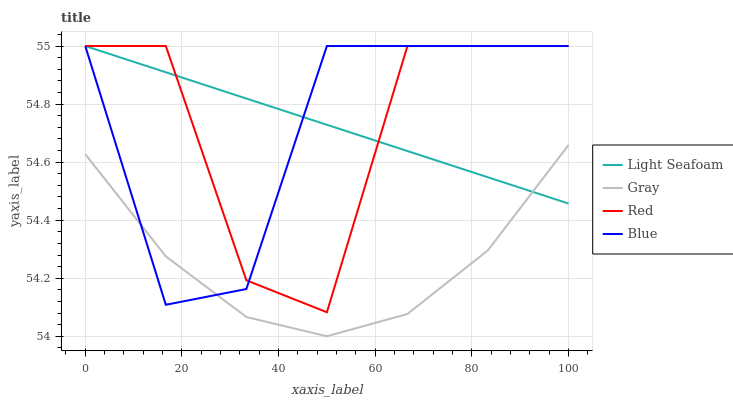
| xaxis_label | Light Seafoam | Gray | Red | Blue |
 | --- | --- | --- | --- | --- |
 | 0 | 55 | 54.6 | 55 | 55 |
 | 16.7 | 54.9 | 54.3 | 55 | 54.1 |
 | 33.3 | 54.8 | 54.1 | 54.2 | 54.2 |
 | 50 | 54.7 | 54 | 54.1 | 55 |
 | 66.7 | 54.6 | 54.1 | 55 | 55 |
 | 83.3 | 54.5 | 54.3 | 55 | 55 |
 | 100 | 54.5 | 54.7 | 55 | 55 |